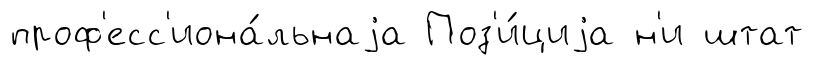
проф'есс'иона́льнаjа Поз'и́циjа н'и штат